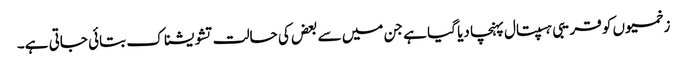
زخمیوں کو قریبی ہسپتال پہنچا دیا گیا ہے جن میں سے بعض کی حالت تشویشناک بتائی جاتی ہے۔